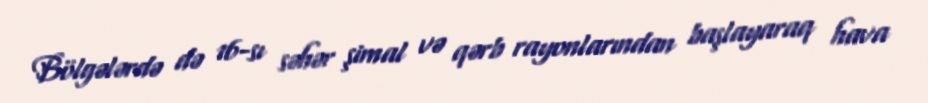
Bölgələrdə də 16-sı səhər şimal və qərb rayonlarından başlayaraq hava